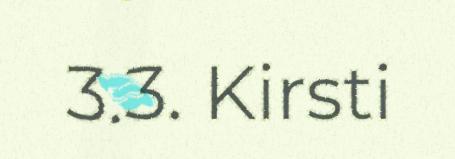
3.3. Kirsti